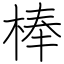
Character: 棒